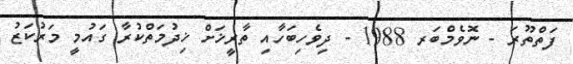
ފަތްތޫރަ - ނޮވެމްބަރ 1988 - ދިވެހިބަހާއި ތާރީޚަށް ޚިދުމަތްކުރާ ގައުމީ މަރުކަޒު